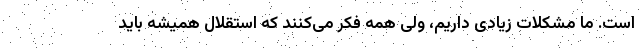
است. ما مشکلات زیادی داریم، ولی همه فکر می‌کنند که استقلال همیشه باید